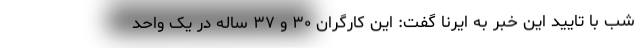
شب با تایید این خبر به ایرنا گفت: این کارگران ۳۰ و ۳۷ ساله در یک واحد